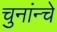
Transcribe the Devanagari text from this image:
चुनांन्चे